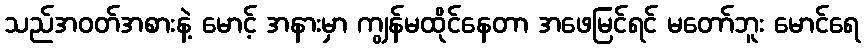
သည်အဝတ်အစားနဲ့ မောင့် အနားမှာ ကျွန်မထိုင်နေတာ အဖေမြင်ရင် မတော်ဘူး မောင်ရေ